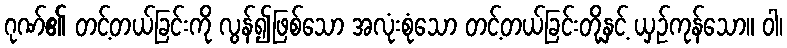
ဂုဏ်၏ တင့်တယ်ခြင်းကို လွန်၍ဖြစ်သော အလုံးစုံသော တင့်တယ်ခြင်းတို့နှင့် ယှဉ်ကုန်သော။ ဝါ၊